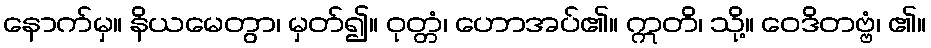
နောက်မှ။ နိယမေတွာ၊ မှတ်၍။ ဝုတ္တံ၊ ဟောအပ်၏။ ဣတိ၊ သို့။ ဝေဒိတဗ္ဗံ၊ ၏။